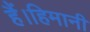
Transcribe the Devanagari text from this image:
हैं।हिमानी